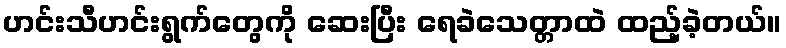
ဟင်းသီဟင်းရွက်တွေကို ဆေးပြီး ရေခဲသေတ္တာထဲ ထည့်ခဲ့တယ်။